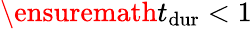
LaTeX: \ensuremath{t_{\mathrm{dur}}}<1